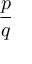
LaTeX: \frac { p } { q }